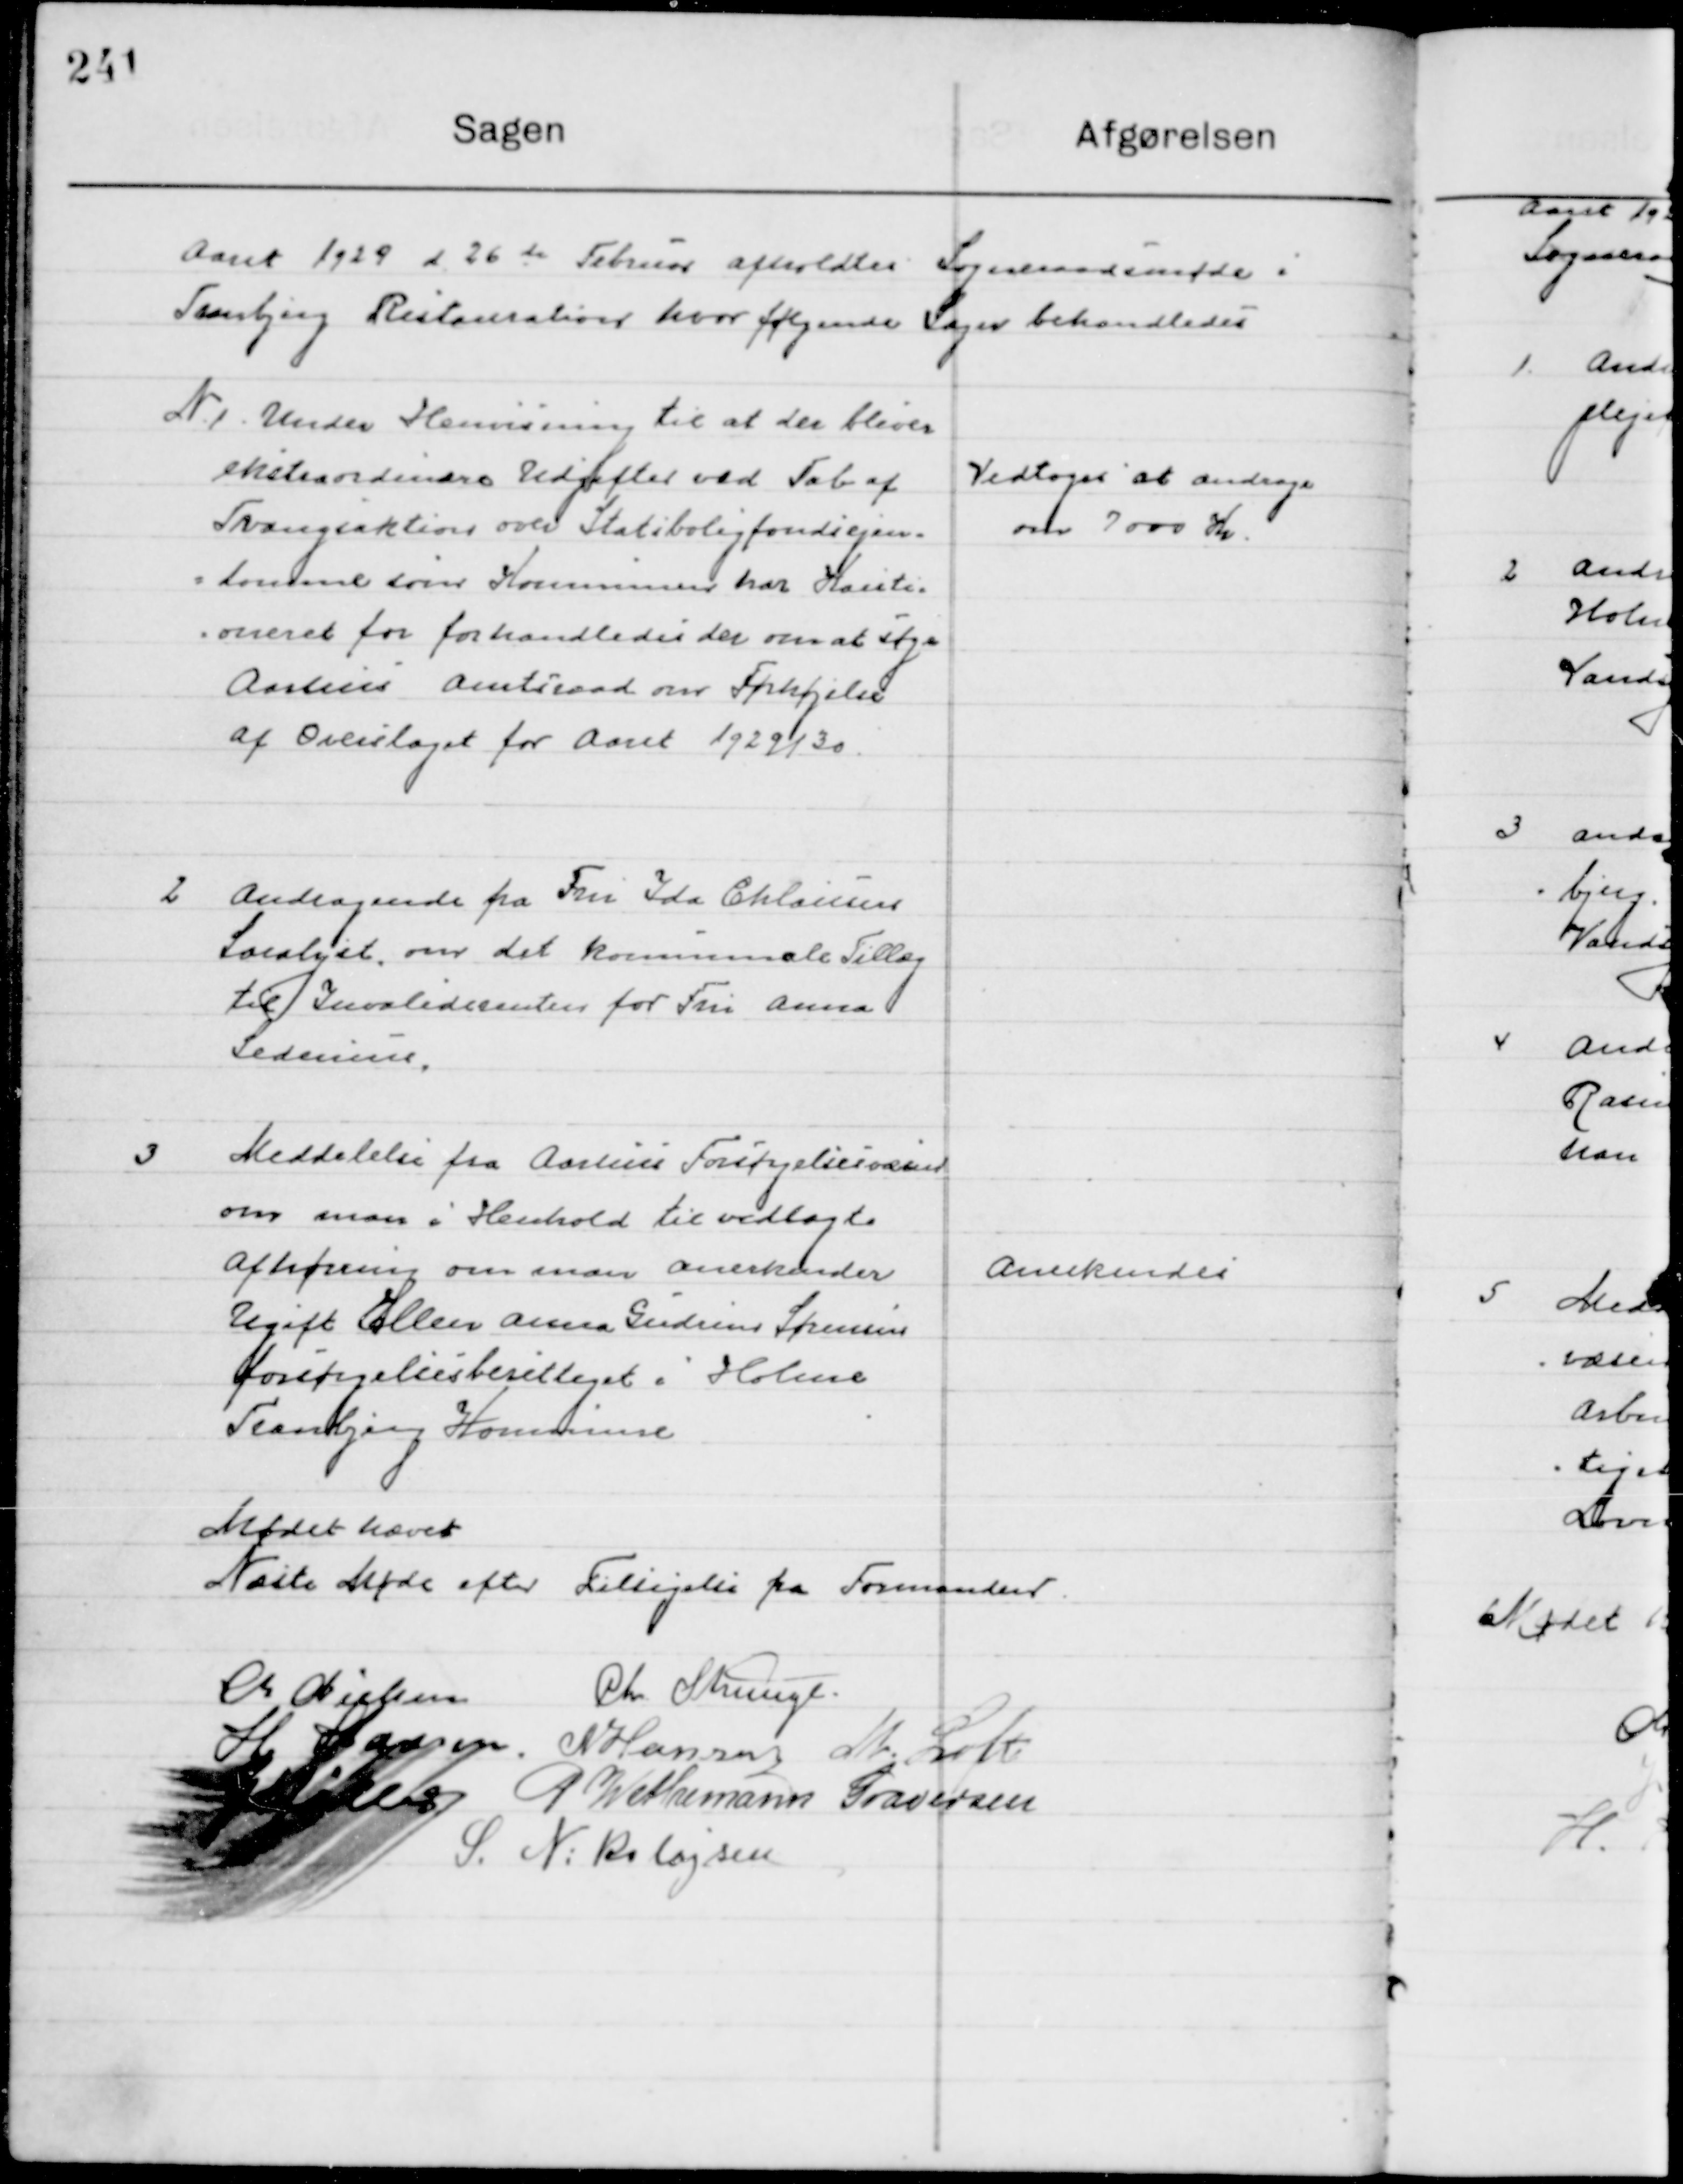
Transskription:
Aaret 1929 d. 26de februar afholdtes Sogneraads møde i 
Tranbjerg Restauration hvor følgende Sager behandledes.

1

Under Henvisning til at der bliver 
ekstraordinære udgifter ved Tab af
Tvangsauktions Statsbolig fondens ejen-
domme som Kommunen har Kauti-
oneret for forhandles der om at søge 
Aarhus Amtsraad om Forhøjelse 
af Overslaget for Aaret 1929/30.

Vedtoges at andrage
om 7000 Kr.

2

Andragende fra Fru Ida Chlausen
Saralyst, om det kommunale Tillæg
til Invaliderenten for Fru Anna 
Sedenius.

3

Meddelelse fra Aarhus Forsørgelsesvæsen
om man i Henhold til vedlagte
Afhøring om man anerkender
Ugift Ellen Anna Gudrun Sørensen 
Forsørgelsesberettiget i Holme
Tranbjerg Kommune.

Anerkendes

Mødet hævet
Næste Møde efter Tilsigelse fra Formanden

M. Nielsen
Chr. Strunge
H. Hansen
N. Hansen
M. Loft
G. Møller
P. Wethemann Graversen
S. N. Nikolajsen